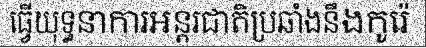
ធ្វើយុទ្ធនាការអន្តរជាតិប្រឆាំងនឹងកូរ៉េ